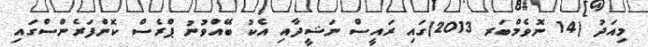
މިއަދު (14 ނޮވެމްބަރ 2013)ގައި ރައީސް ނަޝީދާއި އެކު ބޭއްވުނު ޕްރެސް ކޮންފަރެންސްގައި